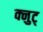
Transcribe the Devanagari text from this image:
क्नुट्